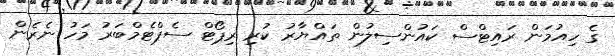
ގެ ހިއުމަން ރައިޓްސް ކައުންސިލުން ތައްޔާރު ކުރި ރިޕޯޓް ސެޕްޓެމްބަރު މަހު ނެރެން